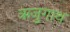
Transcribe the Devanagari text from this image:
ऋजुगाथ